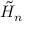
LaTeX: { \tilde { H } } _ { n }